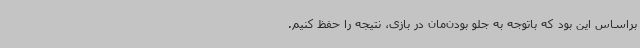
براساس این بود که باتوجه به جلو بودن‌مان در بازی، نتیجه را حفظ کنیم.